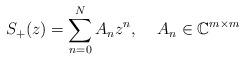
LaTeX: \begin{align*}S_+(z)= \sum_{n=0}^N A_nz^n,\;\;\;\;A_n\in \mathbb{C}^{m \times m}\end{align*}